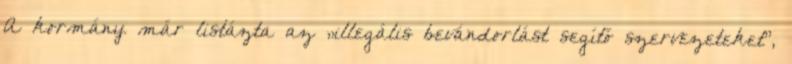
A kormány már listázta az „illegális bevándorlást segítő szervezeteket”,